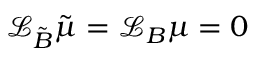
\mathcal { L } _ { { \tilde { B } } } { \tilde { \mu } } = \mathcal { L } _ { B } \mu = 0